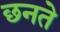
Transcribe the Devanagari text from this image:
छनते